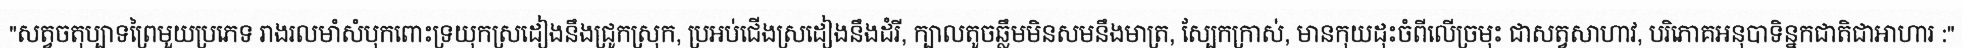
"សត្វចតុប្បាទព្រៃមួយប្រភេទ រាងរលមាំសំបុកពោះទ្រយុកស្រដៀងនឹងជ្រូកស្រុក, ប្រអប់ជើងស្រដៀងនឹងដំរី, ក្បាលតូចឆ្លឹមមិនសមនឹងមាត្រ, ស្បែកក្រាស់, មានកុយដុះចំពីលើច្រមុះ ជាសត្វសាហាវ, បរិភោគអនុបាទិន្នកជាតិជាអាហារ :"